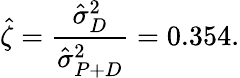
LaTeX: \hat{\zeta}=\frac{\hat{\sigma}_{D}^{2}}{\hat{\sigma}_{P+D}^{2}}=0.354.